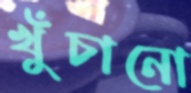
খুঁচানো